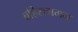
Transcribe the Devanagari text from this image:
बहिरागमन